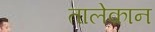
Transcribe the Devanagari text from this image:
तालेक़ान